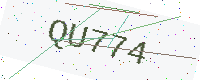
Text: QU774